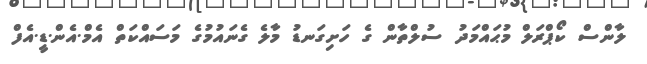
ލާންސް ކޯޕްރަލް މުޙައްމަދު ސުލްތާން ގެ ހަށިގަނޑު މާލެ ގެނައުމުގެ މަސައްކަތް އެމް.އެން.ޑީ.އެފް